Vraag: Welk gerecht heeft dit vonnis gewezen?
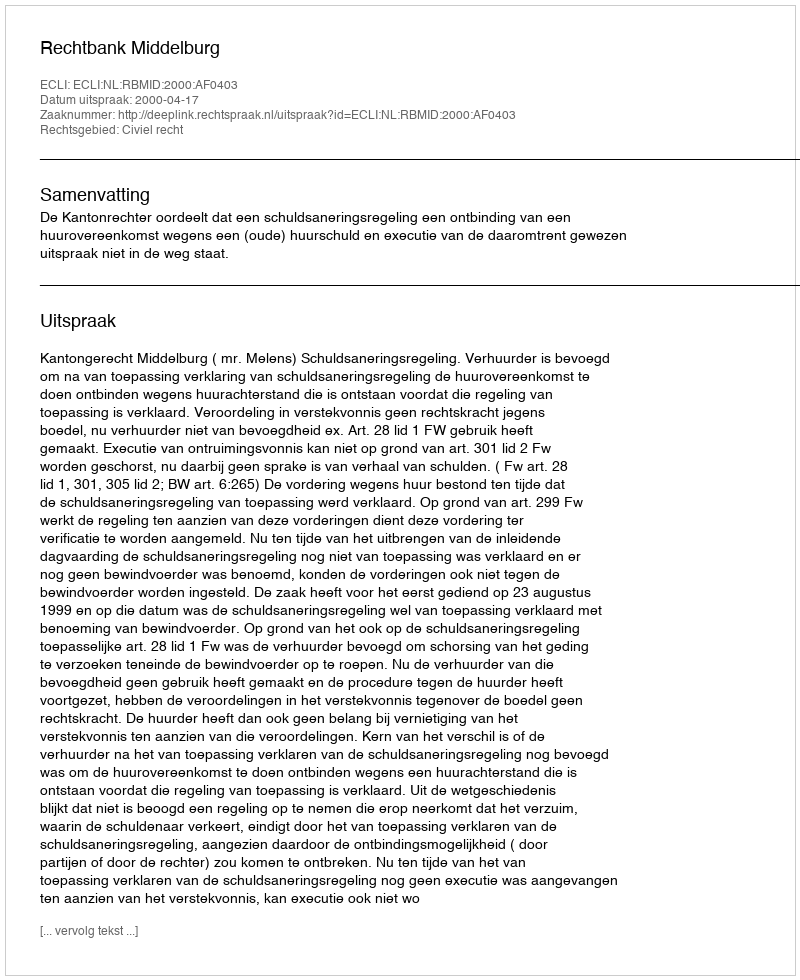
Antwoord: Rechtbank Middelburg